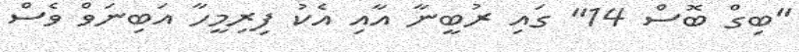
"ބިގް ބޮސް 14" ގައި ރުބީނާ އާއި އެކު ފިރިމީހާ އަބިނަވް ވެސް